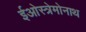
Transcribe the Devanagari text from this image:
ईओस्त्रेमोनाथ